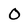
Character: O